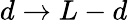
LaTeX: d\to L-d